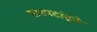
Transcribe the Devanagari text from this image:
ताम्रपटांद्वारे